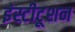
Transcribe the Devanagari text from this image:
इंस्टीटूशन